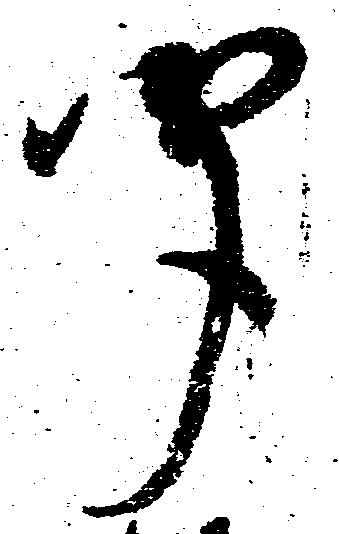
聞